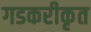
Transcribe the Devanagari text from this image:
गडकरीकृत